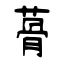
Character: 蓇